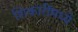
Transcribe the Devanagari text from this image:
शिकारींमध्ये